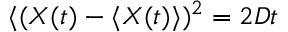
\langle ( X ( t ) - \langle X ( t ) \rangle ) ^ { 2 } = 2 D t